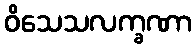
ဝိသေသလက္ခဏာ